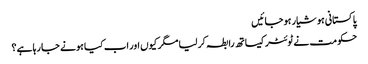
پاکستانی ہوشیار ہو جائیں
حکومت نے ٹوئٹر کیساتھ رابطہ کر لیا مگر کیوں اور اب کیا ہونے جا رہا ہے؟